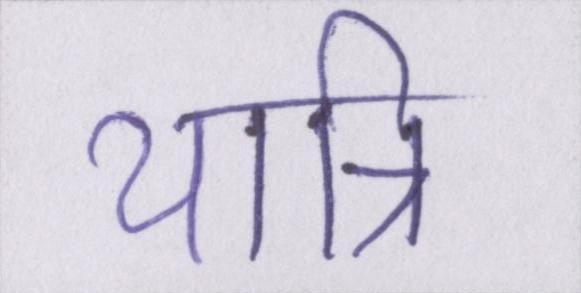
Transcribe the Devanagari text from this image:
यात्रि